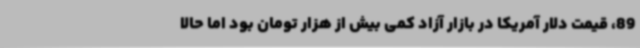
89، قیمت دلار آمریکا در بازار آزاد کمی بیش از هزار تومان بود اما حالا